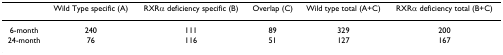
|  | Wild Type specific (A) | RXRα deficiency specific (B) | Overlap (C) | Wild type total (A+C) | RXRα deficiency total (B+C) |
 | --- | --- | --- | --- | --- | --- |
 | 6-month | 240 | 111 | 89 | 329 | 200 |
 | 24-month | 76 | 116 | 51 | 127 | 167 |